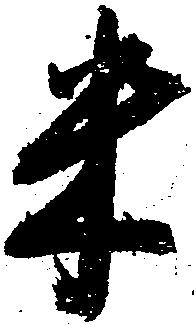
米